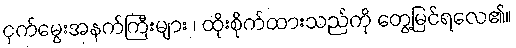
ငှက်မွေးအနက်ကြီးများ ၊ ထိုးစိုက်ထားသည်ကို တွေ့မြင်ရလေ၏။